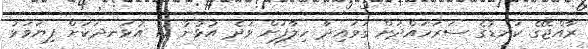
ރާއްޖޭގެ ކަނޑުގެ ސަރަހައްދަށް ގަވައިދާ ހިލާފަށް ވަދެ އުޅުނު 10 އުޅަނދަކަށް ފިޔަވަޅު